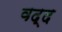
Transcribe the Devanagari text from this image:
वद्द